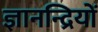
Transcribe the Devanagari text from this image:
ज्ञानन्द्रियों